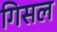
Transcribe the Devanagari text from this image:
गिसल